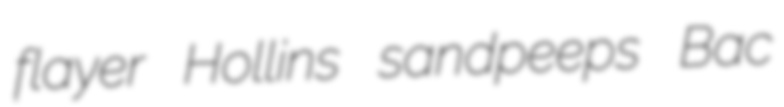
flayer Hollins sandpeeps Bac